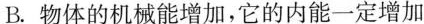
B.物体的机械能增加，它的内能一定增加